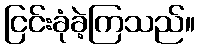
ငြင်းခုံခဲ့ကြသည်။